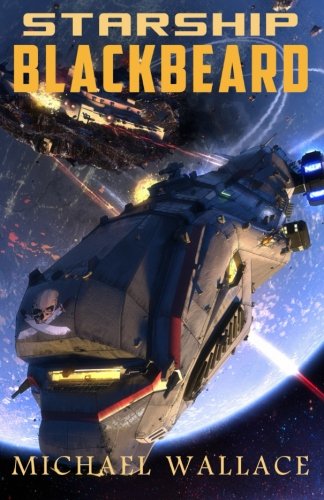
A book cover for Starship Blackbeard (Volume 1); Michael Wallace; Science Fiction & Fantasy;